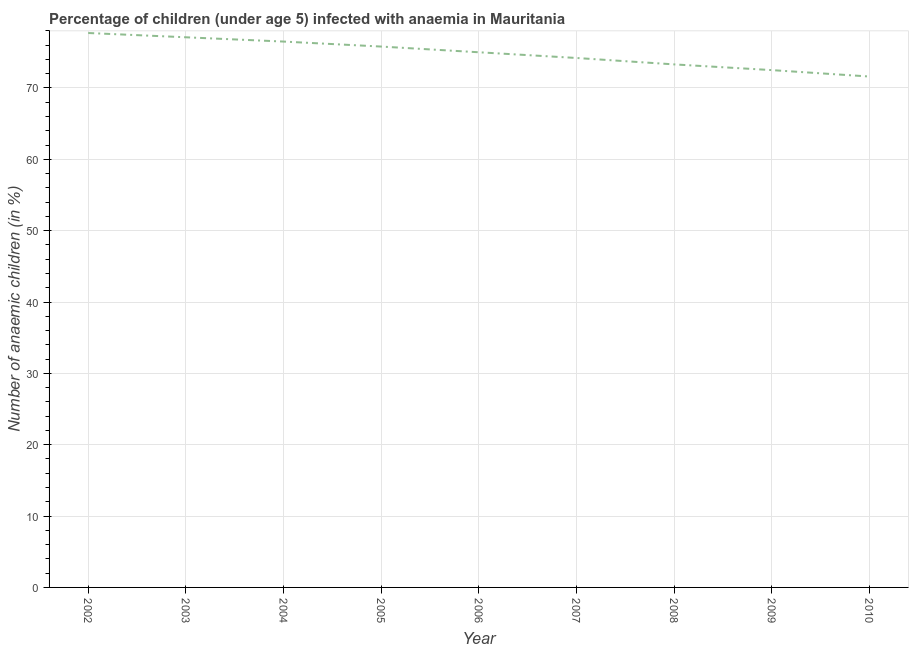
| Year | Prevalence of anemia among children |
 | --- | --- |
 | 2002 | 77.7 |
 | 2003 | 77.1 |
 | 2004 | 76.5 |
 | 2005 | 75.8 |
 | 2006 | 75 |
 | 2007 | 74.2 |
 | 2008 | 73.3 |
 | 2009 | 72.5 |
 | 2010 | 71.6 |